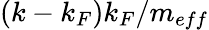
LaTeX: (k-k_{F})k_{F}/m_{eff}